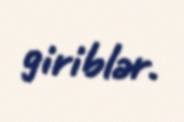
giriblər.